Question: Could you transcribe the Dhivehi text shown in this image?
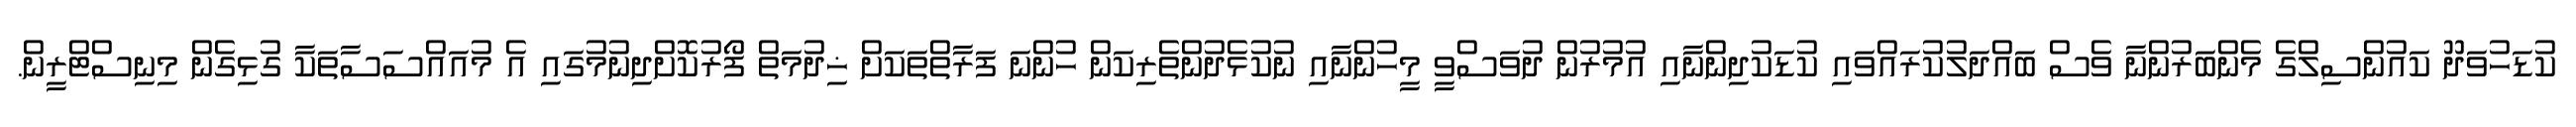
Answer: ކުޑަހުވަދޫ ކައުންސިލްގެ މެންބަރުންނާ ވެސް ބައްދަލުކުރައްވައި ކުޑަކުދިންނާއި އުމުރުން ދުވަސްވީ މީހުންނާއި ނުކުޅެދުންތެރިކަން ހުންނަ ފަރާތްތަކަށް ޚިދުމަތް ފޯރުކޮށްދިނުމުގައި އެ މުއައްސަސާތަކާ ގުޅިގެން މިނިސްޓްރީން.